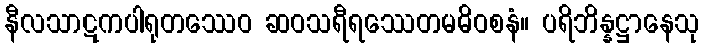
နီလသာဋကပါရုတဿေဝ ဆဝသရီရဿေတမဓိဝစနံ။ ပရိဘိန္နဋ္ဌာနေသု